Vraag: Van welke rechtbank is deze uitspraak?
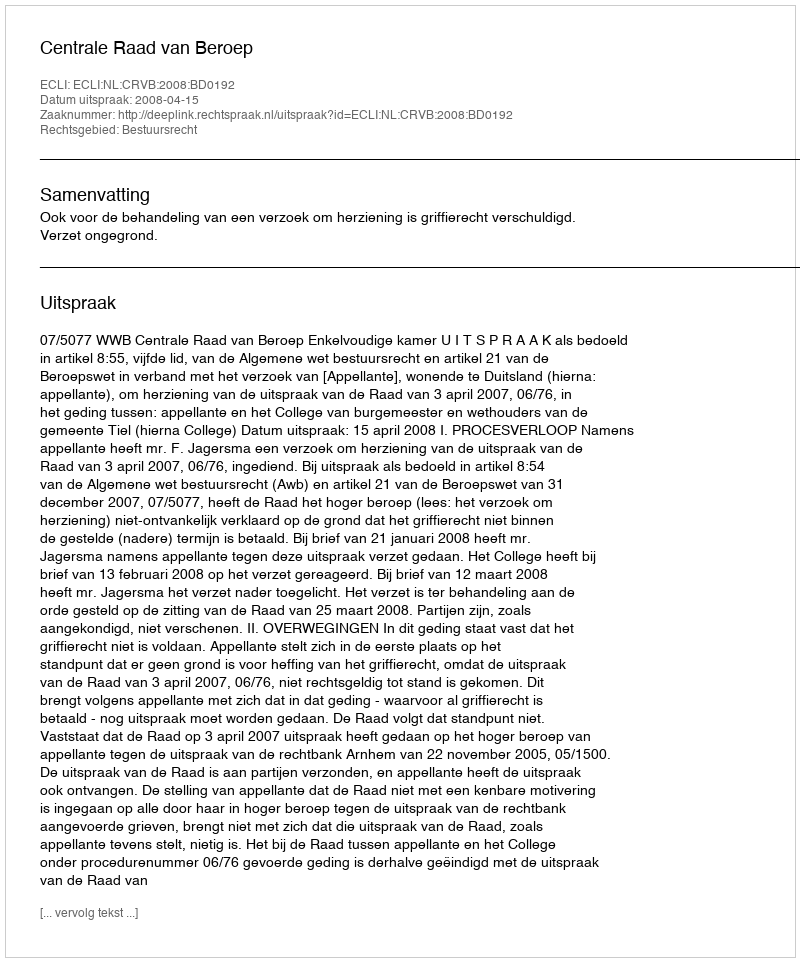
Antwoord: Centrale Raad van Beroep